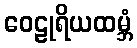
ဝေဠုရိယထမ္ဘံ